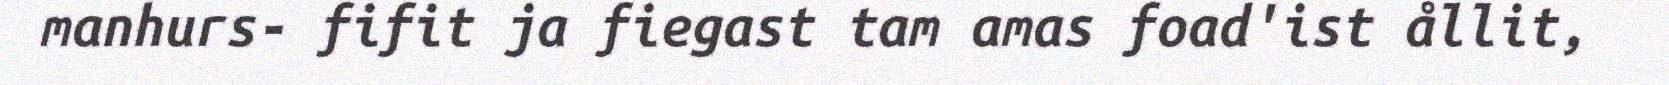
manhurs- fifit ja fiegast tam amas foad'ist ållit,